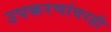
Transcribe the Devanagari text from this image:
उपकरणांवरही